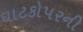
ઘાટકોપરની